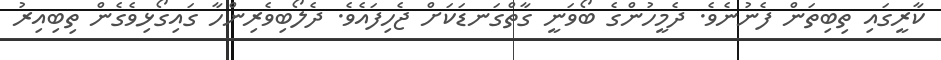
ކާރީގައި ތިބިތަން ފެނުނެވެ. ދެމީހުންގެ ބޯވަނީ ގާތްގަނޑަކަށް ޖެހިފައެވެ. ދެލޯބިވެރިންހާ ގައިގޯޅިވެގެން ތިބިއިރު